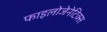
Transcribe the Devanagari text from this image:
फाइलोजेनेटिक्स